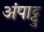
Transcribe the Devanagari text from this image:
अंपाट्टु